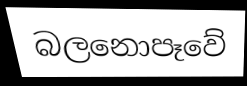
බලනොපෑවේ